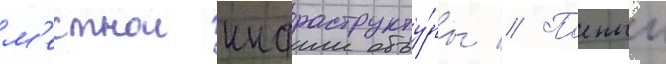
м'естнои инфраструкту́ры // Полныи